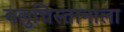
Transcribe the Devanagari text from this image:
बलुचिस्तानाला